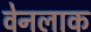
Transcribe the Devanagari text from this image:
वेनलाक